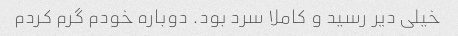
خیلی دیر رسید و کاملا سرد بود. دوباره خودم گرم کردم